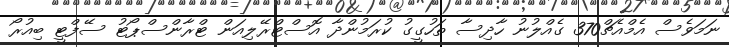
ނަމަވެސް އެމްއެޗް370 ގެއްލުނު ހާދިސާ ތަހުގީގު ކުރަމުންދާ އޮސްޓްރޭލިއަން ޓްރާންސްޕޯޓު ސޭފްޓީ ބިއުރޯ